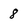
Character: 8